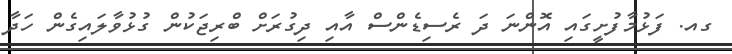
ގއ. ފަޅުމާފުށީގައި އޮންނަ ދަ ރެސިޑެންސް އާއި ދިގުރަށް ބްރިޖަކުން ގުޅުވާލައިގެން ހަދާ